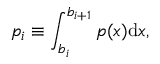
p _ { i } \equiv \int _ { b _ { i } } ^ { b _ { i + 1 } } p ( x ) \mathrm { d } x ,